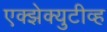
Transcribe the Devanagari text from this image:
एक्झेक्युटीव्ह